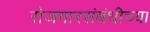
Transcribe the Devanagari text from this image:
रोजगारसंबंधीच्या